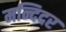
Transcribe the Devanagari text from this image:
मन्दिदर